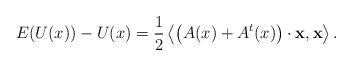
LaTeX: \begin{align*}E(U(x)) - U(x) = \frac{1}{2}\left<\left(A(x)+A^t(x)\right)\cdot \mathbf x , \mathbf x\right>.\end{align*}